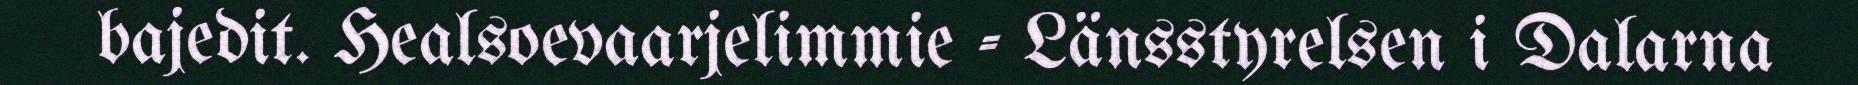
bajedit. Healsoevaarjelimmie - Länsstyrelsen i Dalarna